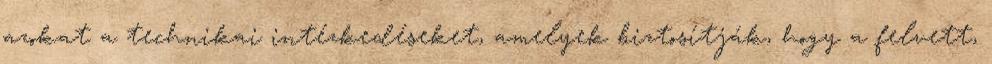
azokat a technikai intézkedéseket, amelyek biztosítják, hogy a felvett,